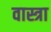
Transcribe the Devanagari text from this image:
वास्त्रा